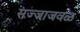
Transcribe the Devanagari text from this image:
सज्जाजवळ